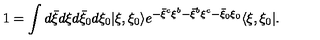
1 = \int d { \bar { \xi } } d \xi d { \bar { \xi } } _ { 0 } d \xi _ { 0 } | \xi , \xi _ { 0 } \rangle e ^ { - { \bar { \xi } } ^ { c } \xi ^ { b } - { \bar { \xi } } ^ { b } \xi ^ { c } - { \bar { \xi } } _ { 0 } \xi _ { 0 } } \langle \xi , \xi _ { 0 } | .